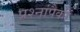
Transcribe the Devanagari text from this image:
प्रश्नांपैकी